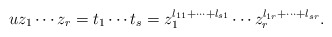
\begin{align*}u z_1 \cdots z_r = t_1 \cdots t_s = z_1^{l_{11} + \dots + l_{s1}} \cdots z_r^{l_{1r} + \dots + l_{sr}}.\end{align*}